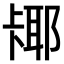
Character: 𫧵